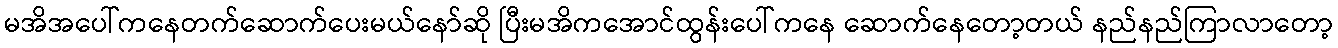
မအိအပေါ်ကနေတက်ဆောက်ပေးမယ်နော်ဆို ပြီးမအိကအောင်ထွန်းပေါ်ကနေ ဆောက်နေတော့တယ် နည်နည်ကြာလာတော့